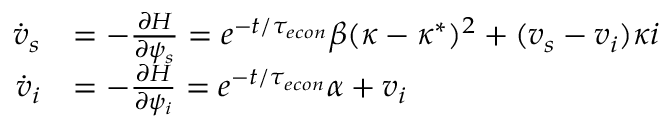
\begin{array} { r l } { \dot { v } _ { s } } & { = - \frac { \partial H } { \partial \psi _ { s } } = e ^ { - t / { \tau _ { e c o n } } } \beta ( \kappa - \kappa ^ { * } ) ^ { 2 } + ( v _ { s } - v _ { i } ) \kappa i } \\ { \dot { v } _ { i } } & { = - \frac { \partial H } { \partial \psi _ { i } } = e ^ { - t / { \tau _ { e c o n } } } \alpha + v _ { i } } \end{array}